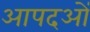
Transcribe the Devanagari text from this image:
आपदओं